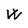
Character: W